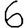
Digit: 6